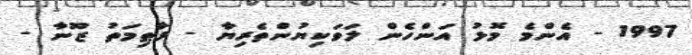
1997 - އެންމެ މޮޅު އަންހެން ލަވަކިޔުންތެރިޔާ - ފާޠިމަތު ޒޫނާ -